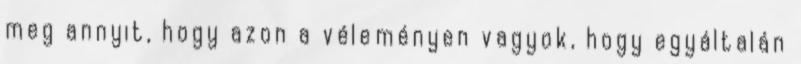
meg annyit, hogy azon a véleményen vagyok, hogy egyáltalán